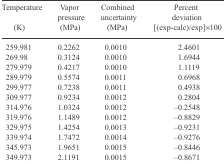
<table><thead><tr><td><b>Temperature</b></td><td><b>Vapor pressure</b></td><td><b>Combined uncertainty</b></td><td><b>Percent deviation</b></td></tr><tr><td><b>(K)</b></td><td><b>(MPa)</b></td><td><b>(MPa)</b></td><td><b>[(exp-calc)/exp]×100</b></td></tr></thead><tbody><tr><td>259.981</td><td>0.2262</td><td>0.0010</td><td>2.4601</td></tr><tr><td>269.98</td><td>0.3124</td><td>0.0010</td><td>1.6944</td></tr><tr><td>279.979</td><td>0.4217</td><td>0.0010</td><td>1.1119</td></tr><tr><td>289.979</td><td>0.5574</td><td>0.0011</td><td>0.6968</td></tr><tr><td>299.977</td><td>0.7238</td><td>0.0011</td><td>0.4938</td></tr><tr><td>309.977</td><td>0.9234</td><td>0.0012</td><td>0.2804</td></tr><tr><td>314.976</td><td>1.0324</td><td>0.0012</td><td>−0.2548</td></tr><tr><td>319.976</td><td>1.1489</td><td>0.0012</td><td>−0.8829</td></tr><tr><td>329.975</td><td>1.4254</td><td>0.0013</td><td>−0.9231</td></tr><tr><td>339.974</td><td>1.7472</td><td>0.0014</td><td>−0.9276</td></tr><tr><td>345.973</td><td>1.9651</td><td>0.0015</td><td>−0.8446</td></tr><tr><td>349.973</td><td>2.1191</td><td>0.0015</td><td>−0.8671</td></tr></tbody></table>